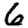
Digit: 6